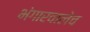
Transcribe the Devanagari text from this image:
भंगारवालेच